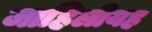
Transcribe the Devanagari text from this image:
जाहिलीयह